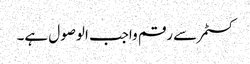
کسٹمر سے رقم واجب الوصول ہے۔